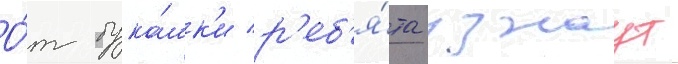
О́т бука́шк'и р'еб'я́та узнаут